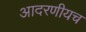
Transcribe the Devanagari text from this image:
आदरणीयच